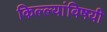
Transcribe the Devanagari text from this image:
किल्ल्यांविषयी